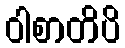
ဝါစာတိပိ